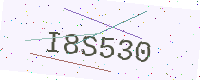
Text: I8S530